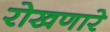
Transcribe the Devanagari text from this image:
रोखणारे